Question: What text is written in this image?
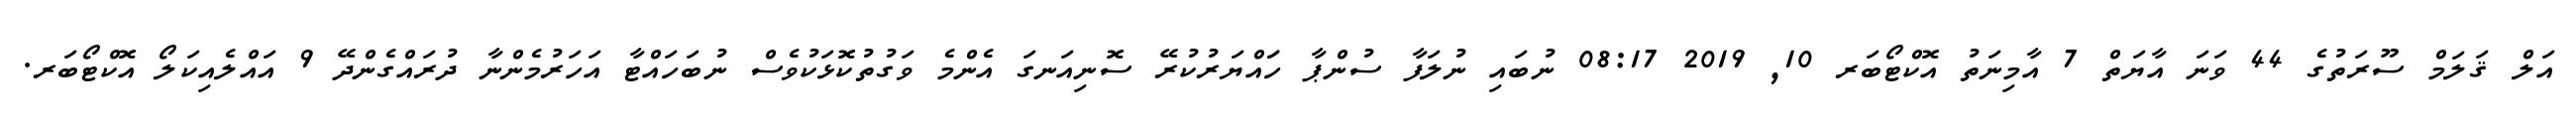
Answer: އަލް ޤަލަމް ސޫރަތުގެ 44 ވަނަ އާޔަތް 7 އާމިނަތު އޮކްޓޯބަރ 10, 2019 08:17 ނުބައި ނުލަފާ ސުންޕާ ހަައްޔަރުކުރޭ ސޮނިއަނގަ އެންމެ ވަގުތުކޮޅަކުވެސް ނުބަހައްޓާ އަހަރުމެންނާ ދުރައްގެންދޭ 9 އައްލެއިކަލޯ އޮކްޓޯބަރ.